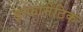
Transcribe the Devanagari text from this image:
इन्फार्मेटिक